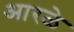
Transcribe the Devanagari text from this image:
आरळे